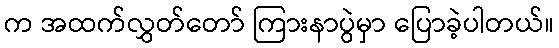
က အထက်လွှတ်တော် ကြားနာပွဲမှာ ပြောခဲ့ပါတယ်။